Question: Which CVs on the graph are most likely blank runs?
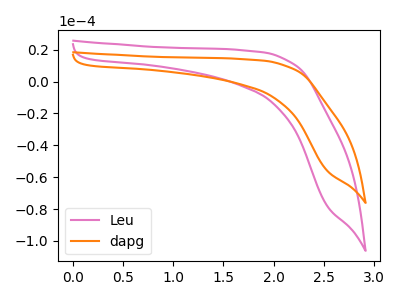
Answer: <think>The pink curve "Leu" has no peaks. The orange curve "dapg" has no peaks.</think>
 <answer>"Leu" and "dapg" are likely to be blanks.</answer>
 <eval>"Leu", "dapg"</eval>